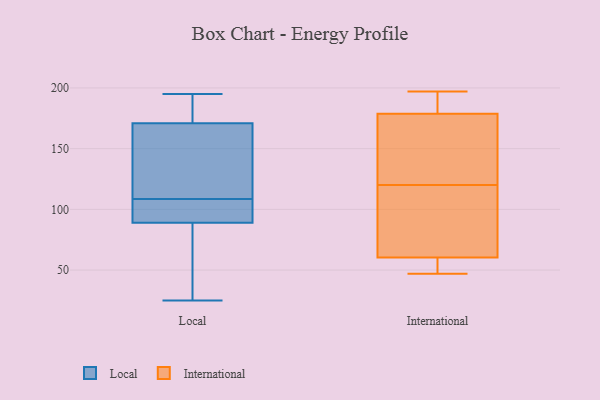
{"axis": {"x": "Backlog", "y": "Value"}, "legend": ["International", "Local"], "data": [{"x": "", "y": 25, "type": "Local"}, {"x": "", "y": 40, "type": "Local"}, {"x": "", "y": 47, "type": "Local"}, {"x": "", "y": 89, "type": "Local"}, {"x": "", "y": 99, "type": "Local"}, {"x": "", "y": 112, "type": "Local"}, {"x": "", "y": 140, "type": "Local"}, {"x": "", "y": 108, "type": "Local"}, {"x": "", "y": 100, "type": "Local"}, {"x": "", "y": 189, "type": "Local"}, {"x": "", "y": 89, "type": "Local"}, {"x": "", "y": 109, "type": "Local"}, {"x": "", "y": 128, "type": "Local"}, {"x": "", "y": 189, "type": "Local"}, {"x": "", "y": 185, "type": "Local"}, {"x": "", "y": 171, "type": "Local"}, {"x": "", "y": 48, "type": "Local"}, {"x": "", "y": 195, "type": "Local"}, {"x": "", "y": 47, "type": "International"}, {"x": "", "y": 120, "type": "International"}, {"x": "", "y": 197, "type": "International"}, {"x": "", "y": 121, "type": "International"}, {"x": "", "y": 67, "type": "International"}, {"x": "", "y": 58, "type": "International"}, {"x": "", "y": 81, "type": "International"}, {"x": "", "y": 50, "type": "International"}, {"x": "", "y": 181, "type": "International"}, {"x": "", "y": 191, "type": "International"}, {"x": "", "y": 172, "type": "International"}]}